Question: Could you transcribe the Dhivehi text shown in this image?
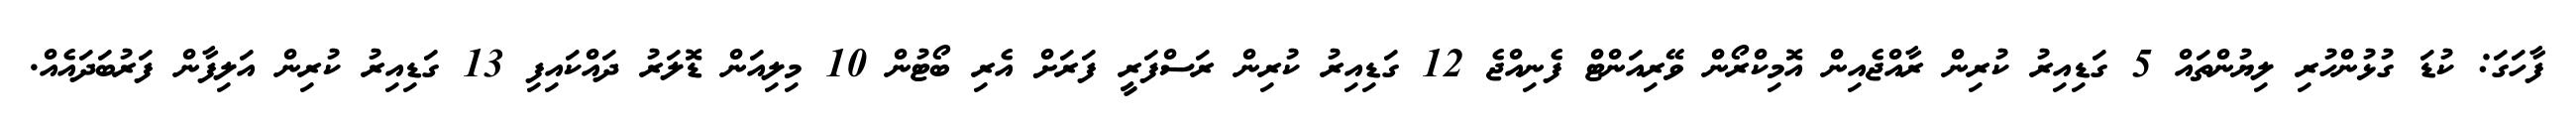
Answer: ފާހަގަ: ކުޑަ ގުޅުންހުރި ލިޔުންތައް 5 ގަޑިއިރު ކުރިން ރާއްޖެއިން އޮމިކްރޯން ވޭރިއަންޓް ފެނިއްޖެ 12 ގަޑިއިރު ކުރިން ރަސްފަރީ ފަރަށް އެރި ބޯޓުން 10 މިލިއަން ޑޮލަރު ދައްކައިފި 13 ގަޑިއިރު ކުރިން އަލިފާން ފަރުބަދައެއް.